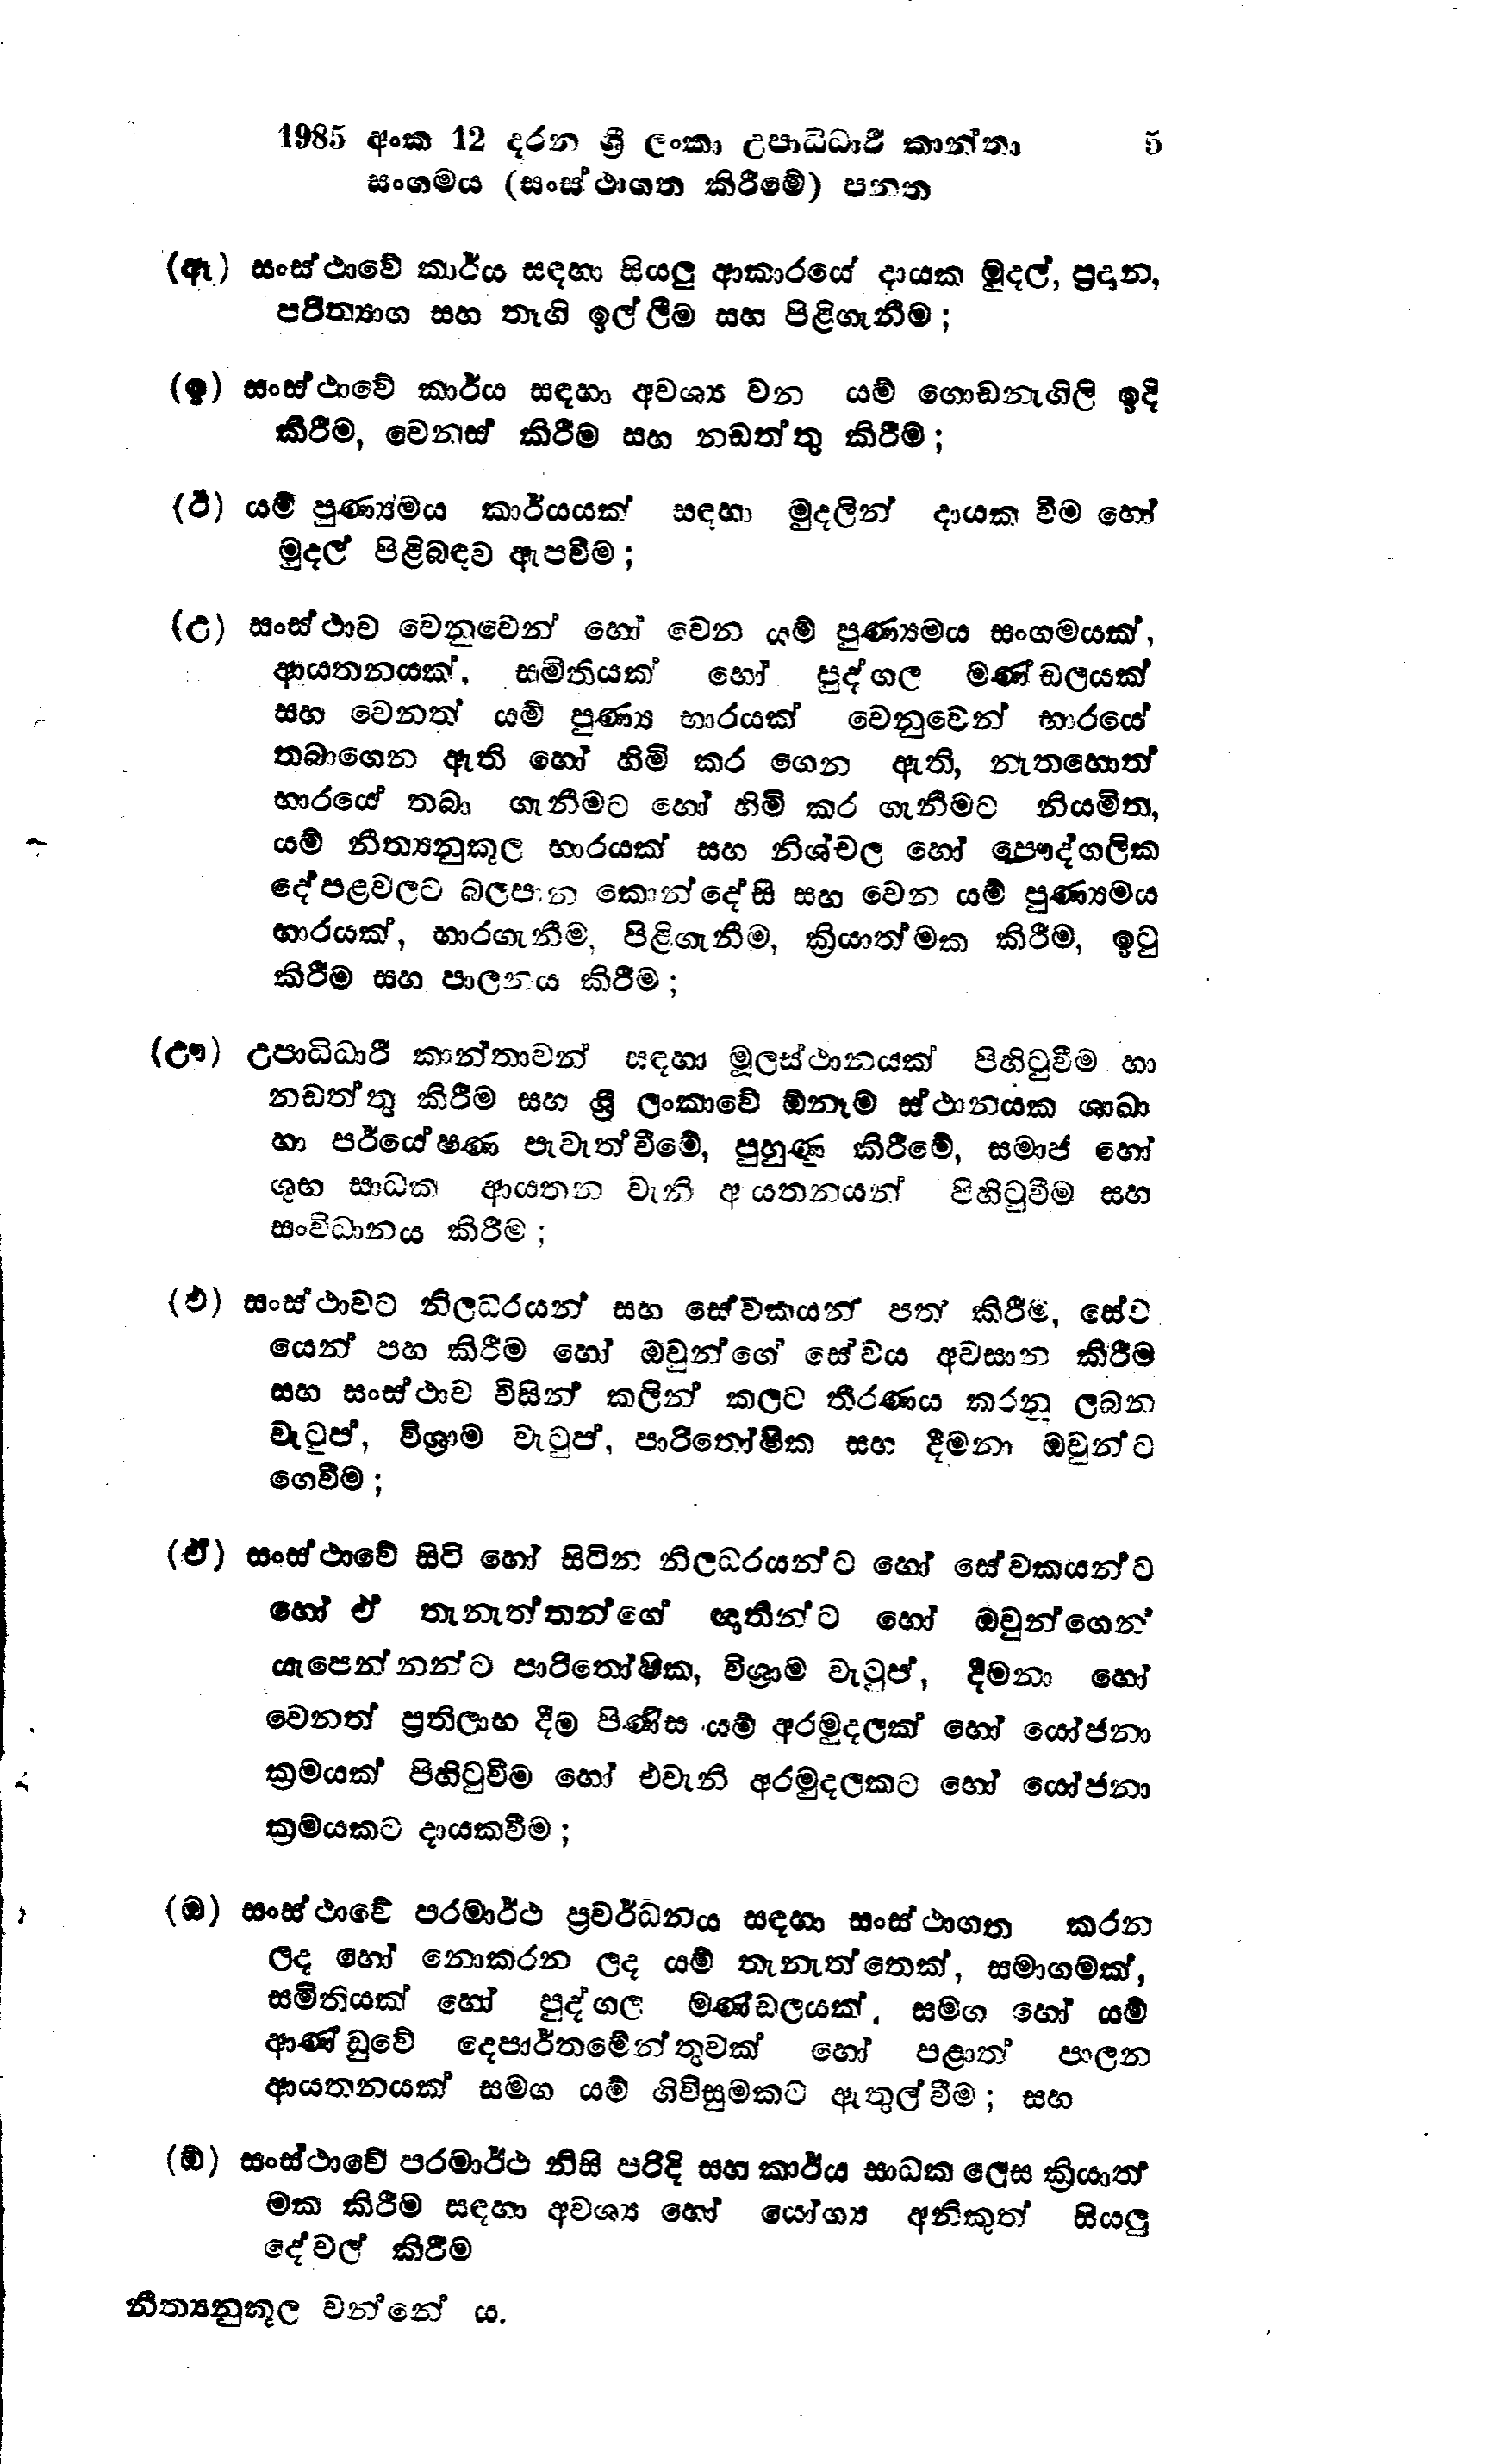
1985 අංක 12 දරන ශ්‍රී ලංකා උපාධිධාරී කාන්තා 5
සංගමය (සංස්ථාගත කිරීමේ) පනත

(ඈ) සංස්ථාවේ කාර්ය සඳහා සියලු ආකාරයේ දායක මුදල්, ප්‍රදාන,
පරිත්‍යාග සහ තෑගි ඉල්ලීම සහ පිළිගැනීම;

(ඉ) සංස්ථාවේ කාර්ය සඳහා අවශ්‍ය වන යම් ගොඩනැගිලි ඉදි
කිරීම, වෙනස් කිරීම සහ නඩත්තු කිරීම;

(ඊ) යම් පුණ්‍යමය කාර්යයක් සඳහා මුදලින් දායක වීම හෝ
මුදල් පිළිබඳව ඇපවීම;

(උ) සංස්ථාව වෙනුවෙන් හෝ වෙන යම් පුණ්‍යමය සංගමයක්,
ආයතනයක්, සමිතියක් හෝ පුද්ගල මණ්ඩලයක්
සහ වෙනත් යම් පුණ්‍ය භාරයක් වෙනුවෙන් භාරයේ
තබාගෙන ඇති හෝ හිමි කර ගෙන ඇති, නැතහොත්
භාරයේ තබා ගැනීමට හෝ හිමි කර ගැනීමට නියමිත,
යම් නීත්‍යනුකූල භාරයක් සහ නිශ්චල හෝ පෞද්ගලික
දේපළවලට බලපාන කොන්දේසි සහ වෙන යම් පුණ්‍යමය
භාරයක්, භාරගැනීම, පිළිගැනීම, ක්‍රියාත්මක කිරීම, ඉටු
කිරීම සහ පාලනය කිරීම;

(ඌ) උපාධිධාරී කාන්තාවන් සඳහා මූලස්ථානයක් පිහිටුවීම හා
නඩත්තු කිරීම සහ ශ්‍රී ලංකාවේ ඕනෑම ස්ථානයක ශාඛා
හා පර්යේෂණ පැවැත්වීමේ, පුහුණු කිරීමේ, සමාජ හෝ
ශුභ සාධක ආයතන වැනි ආයතනයන් පිහිටුවීම සහ
සංවිධානය කිරීම;

(එ) සංස්ථාවට නිලධරයන් සහ සේවකයන් පත් කිරීම, සේව
යෙන් පහ කිරීම හෝ ඔවුන්ගේ සේවය අවසාන කිරීම
සහ සංස්ථාව විසින් කලින් කලට තීරණය කරනු ලබන
වැටුප්, විශ්‍රාම වැටුප්, පාරිතෝෂික සහ දීමනා ඔවුන්ට
ගෙවීම;

(ඒ) සංස්ථාවේ සිටි හෝ සිටින නිලධරයන්ට හෝ සේවකයන්ට
හෝ ඒ තැනැත්තන්ගේ ඥාතීන්ට හෝ ඔවුන්ගෙන්
යැපෙන්නන්ට පාරිතෝෂික, විශ්‍රාම වැටුප්, දීමනා හෝ
වෙනත් ප්‍රතිලාභ දීම පිණිස යම් අරමුදලක් හෝ යෝජනා
ක්‍රමයක් පිහිටුවීම හෝ එවැනි අරමුදලකට හෝ යෝජනා
ක්‍රමයකට දායකවීම;

(ඔ) සංස්ථාවේ පරමාර්ථ ප්‍රවර්ධනය සඳහා සංස්ථාගත කරන
ලද හෝ නොකරන ලද යම් තැනැත්තෙක්, සමාගමක්,
සමිතියක් හෝ පුද්ගල මණ්ඩලයක්, සමග හෝ යම්
ආණ්ඩුවේ දෙපාර්තමේන්තුවක් හෝ පළාත් පාලන
ආයතනයක් සමග යම් ගිවිසුමකට ඇතුල් වීම; සහ

(ඕ) සංස්ථාවේ පරමාර්ථ නිසි පරිදි සහ කාර්ය සාධක ලෙස ක්‍රියාත්
මක කිරීම සඳහා අවශ්‍ය හෝ යෝග්‍ය අනිකුත් සියලු
දේවල් කිරීම

නීත්‍යනුකූල වන්නේ ය.